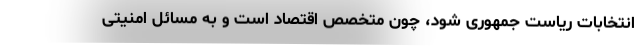
انتخابات ریاست جمهوری شود، چون متخصص اقتصاد است و به مسائل امنیتی